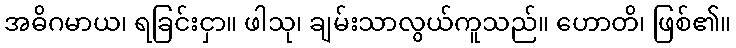
အဓိဂမာယ၊ ရခြင်းငှာ။ ဖါသု၊ ချမ်းသာလွယ်ကူသည်။ ဟောတိ၊ ဖြစ်၏။